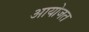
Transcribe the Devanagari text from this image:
आयोजत